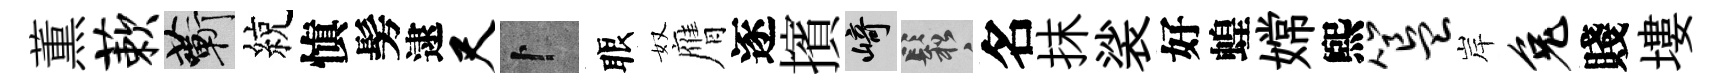
薫蔌蔪綂愼髣逮尺卜眼奴膺逐擯崎鬆名抹裟好蝗嫦煕簋岸兔賤塿